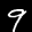
Label: 9